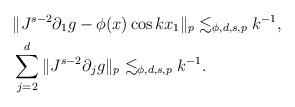
LaTeX: \begin{align*}& \| J^{s-2} \partial_1 g - \phi(x) \cos kx_1 \|_p \lesssim_{\phi,d,s,p} k^{-1}, \\& \sum_{j=2}^d \| J^{s-2} \partial_j g\|_p \lesssim_{\phi,d,s,p} k^{-1}.\end{align*}